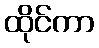
ထိုင်ကာ